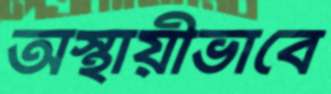
অস্থায়ীভাবে